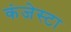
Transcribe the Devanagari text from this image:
कंजेस्टा